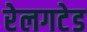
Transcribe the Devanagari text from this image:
रेलगटेड